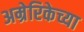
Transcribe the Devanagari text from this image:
अम्रेरिकेच्या